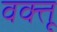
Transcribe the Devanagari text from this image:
वक्तू